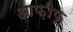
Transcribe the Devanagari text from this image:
आफ़ीफ़